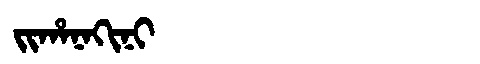
Manchu: ᠵᡳᡥᠠᠨᠠᡴᡳᠨᡳ
Romanization: JIHANAKINI